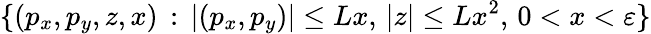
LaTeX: \{ (p_{x},p_{y},z,x)\, :\, |(p_{x},p_{y})|\leq Lx,\, |z|\leq Lx^{2},\, 0<x<\varepsilon\}